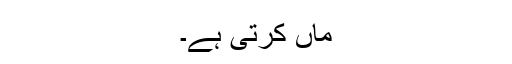
ماں کرتی ہے۔